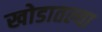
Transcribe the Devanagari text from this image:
खोडातल्या